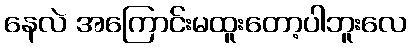
နေလဲ အကြောင်းမထူးတော့ပါဘူးလေ